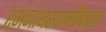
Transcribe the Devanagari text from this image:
रंगनाथस्वामींबद्दल